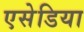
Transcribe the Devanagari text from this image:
एसेडिया